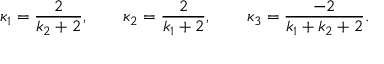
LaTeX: \kappa _ { 1 } = \frac { 2 } { k _ { 2 } + 2 } , \qquad \kappa _ { 2 } = \frac { 2 } { k _ { 1 } + 2 } , \qquad \kappa _ { 3 } = \frac { - 2 } { k _ { 1 } + k _ { 2 } + 2 } .